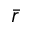
\bar { r }